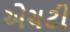
એચટી